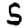
Digit: 5